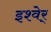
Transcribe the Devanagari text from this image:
इश्वेर्